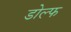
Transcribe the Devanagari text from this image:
डोल्फ